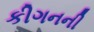
કીગનની